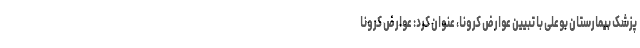
پزشک بیمارستان بوعلی با تبیین عوارض کرونا، عنوان کرد: عوارض کرونا